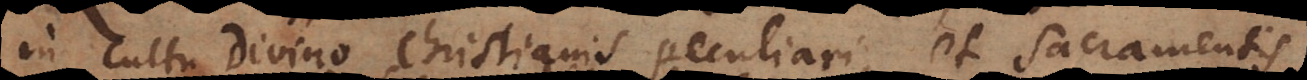
in cultu divino Christianis peculiari, et Sacramentis